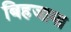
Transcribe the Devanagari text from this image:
बिहजामा